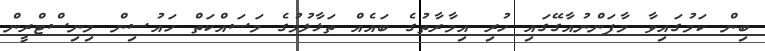
ބިން ކަމުގައިވާ މާފަންނުއާގޭގައި ހުރި އިމާރާތުގެ ބައެއް ތަޅާލުމުގެ މަސައްކަތް ހައުސިން މިނިސްޓްރީން